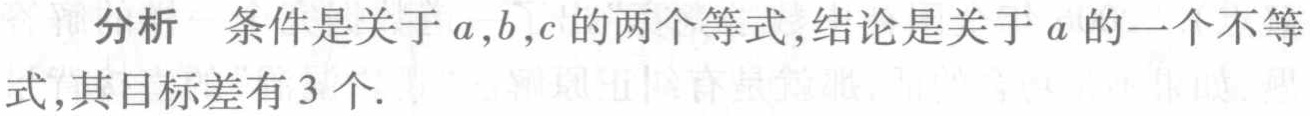
分析 条件是关于\(a,b,c\)的两个等式,结论是关于\(a\)的一个不等式,其目标差有\(3\)个.